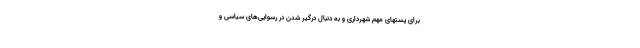
برای پستهای مهم شهرداری و به دنبال درگیر شدن در رسوایی‌های سیاسی و